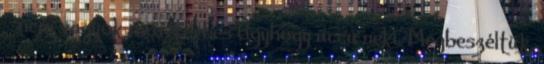
✓ nem vagyok már terhes Úgyhogy uccu neki. Megbeszéltük,